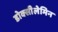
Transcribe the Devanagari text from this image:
डोक्सीलेमिन